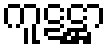
ကူဋဋ္ဌာ